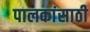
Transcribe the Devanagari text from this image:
पालकांसाठी